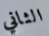
الثاني